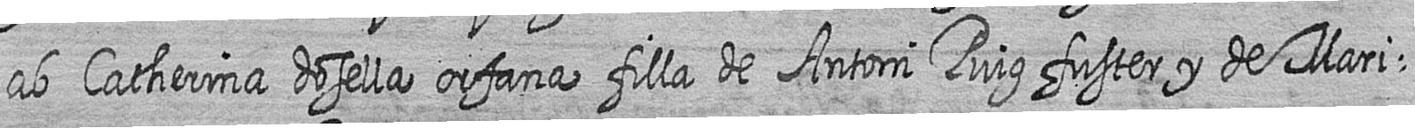
ab Catherina dosella orfana filla de Antoni Puig fuster y de Mari=